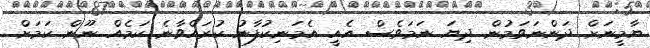
ޔާމީނަށް ދަންނަވަމުން ދިޔަ ނަމަވެސް އެއީ އެމަނިކުފާނު ކުރައްވާނެ ކަމެއް ނޫން ކަމަށް